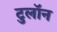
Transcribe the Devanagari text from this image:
टुलॉन